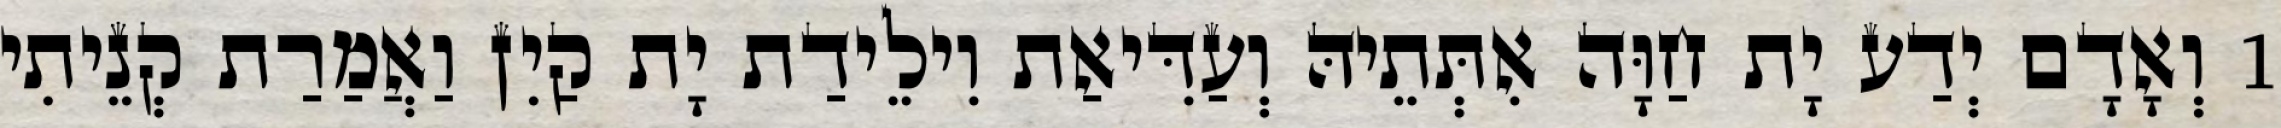
1 וְאָדָם יְדַע יָת חַוָּה אִתְּתֵיהּ וְעַדִּיאַת וִילֵידַת יָת קַיִן וַאֲמַרַת קְנֵיתִי